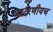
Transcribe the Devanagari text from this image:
आदरणीयच